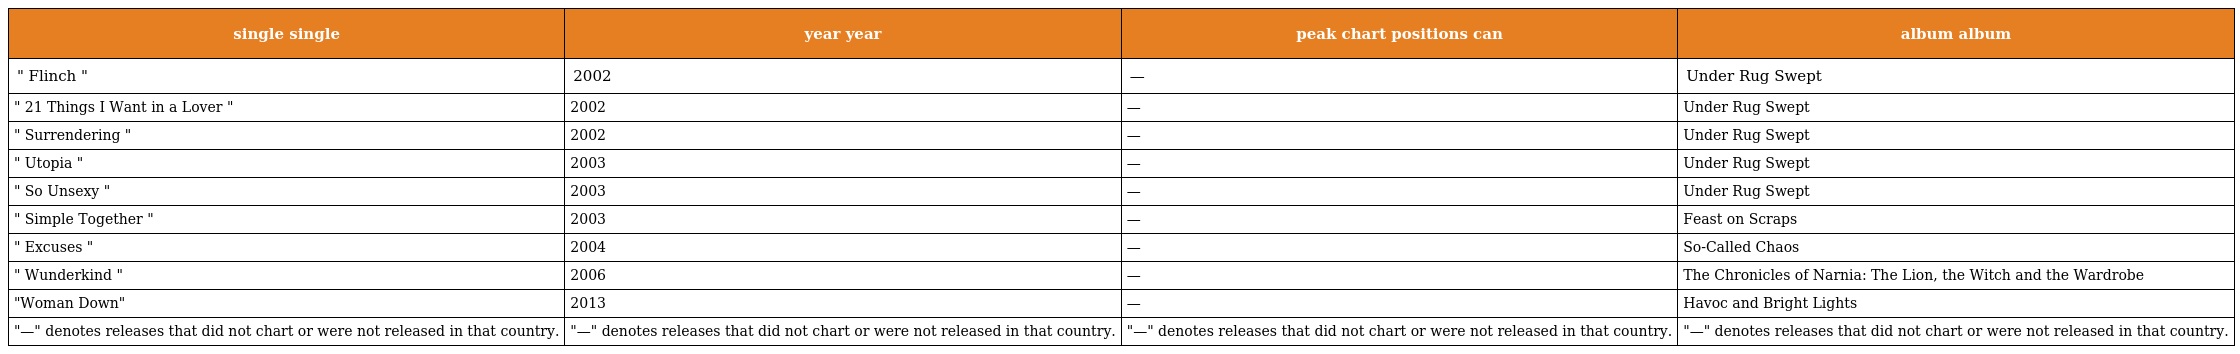
| single single | year year | peak chart positions can | album album |
 | --- | --- | --- | --- |
 | " Flinch " | 2002 | — | Under Rug Swept |
 | " 21 Things I Want in a Lover " | 2002 | — | Under Rug Swept |
 | " Surrendering " | 2002 | — | Under Rug Swept |
 | " Utopia " | 2003 | — | Under Rug Swept |
 | " So Unsexy " | 2003 | — | Under Rug Swept |
 | " Simple Together " | 2003 | — | Feast on Scraps |
 | " Excuses " | 2004 | — | So-Called Chaos |
 | " Wunderkind " | 2006 | — | The Chronicles of Narnia: The Lion, the Witch and the Wardrobe |
 | "Woman Down" | 2013 | — | Havoc and Bright Lights |
 | "—" denotes releases that did not chart or were not released in that country. | "—" denotes releases that did not chart or were not released in that country. | "—" denotes releases that did not chart or were not released in that country. | "—" denotes releases that did not chart or were not released in that country. |